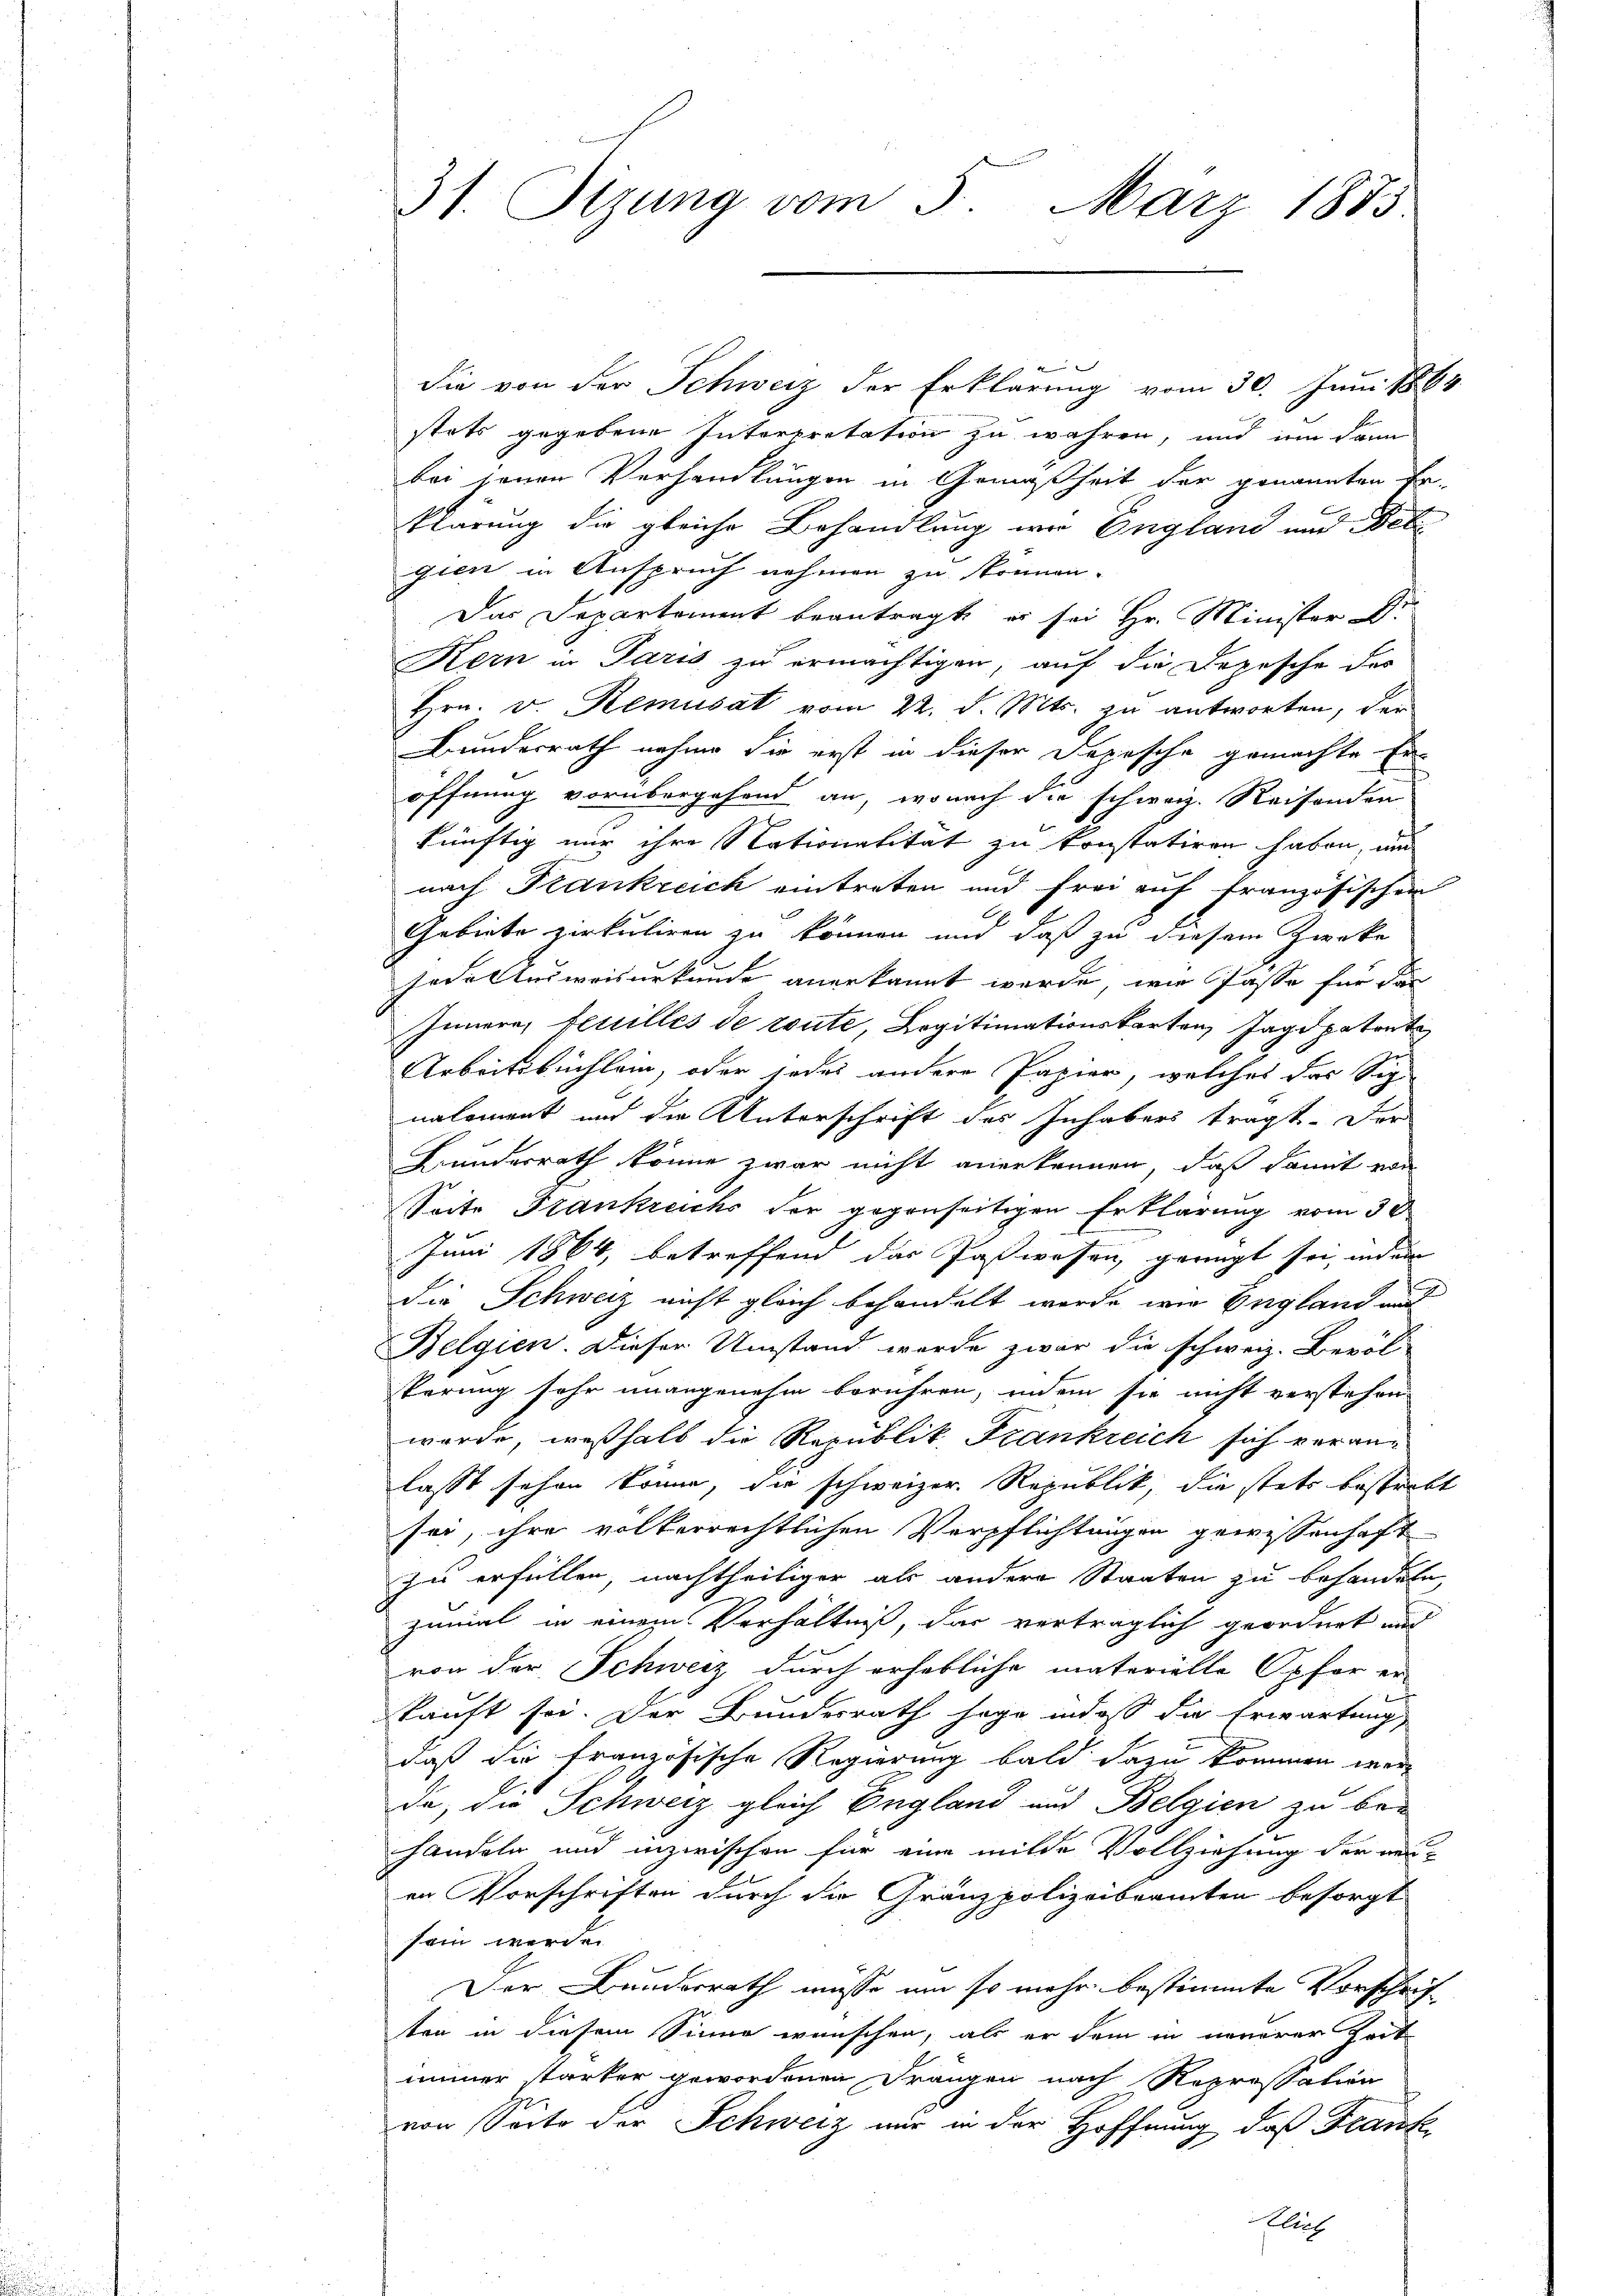
.
die von der Schweiz der Erklärung vom 30. Juni 1864.
stets gegebene Interpretation zu wahren, und um dann
bei jenen Verhandlungen in Gemäßheit der genannten Be-
klärung die gleiche Behandlung wie England und Deli
gien in Anspruch nehmen zu können.
Das Departement beantragt, es sei Hr. Minister Dr.
Kern in Paris zu ermächtigen, auf die Depesche der
Hrn. v. Remusat vom 22. d. Mts. zu antworten, der
Bundesrath nahme die erst in dieser Depesche gemachte Er
öffnung vorübergehend an, wonach die schweiz. Reisenden
künftig nur ihre Nationalität zu konstatiren haben, un
nach Frankreich eintreten und frei auf französischen
Gebiete zirkuliren zu können und daß zu diesem Zwecke
sedelterweisurkunde anerkannt werde, wie Pässe für das
Innern, feuilles de toute, Legitimationskarten Jagdpatente
Arbeitsbuchlein, oder jedes andere Papier, welches das Sig
nalement und die Unterschrift des Inhabers tragt. Der
Bundesrath könne zwar nicht anerkennen, daß damit von
Seite Frankreichs der gegenseitigen Erklärung vom 30
Juni 1864, betreffend das Jaßwesen, geengt sei, indem
die Schweiz nicht gleich behandelt wurde wie England aus
Belgien. Dieser Umstand werde zwar die schweiz. Bevöl
perung sehr unangenehm berühren, indem sie nicht verstehen
wurde, weßhalb die Republik. Frankreich sich veranlasst sehen könne, die schweizer Republik, die stets bestrebt
sei, ihre volkerrechtlichen Verpflichtungen gewissenhaft
zu erfüllen, nachtheiliger als andere Staaten zu behandeln,
zumal in einem Verhältniß, das verträglich geordnet und
von der Schweiz durch erhebliche materielle Opfer er
kauft sei. Der Bundesrath sage in daß die Erwartung
daß die französische Regierung bald dazu kommen werda, die Schweiz gleich England und Belgien zu behandeln und inzwischen für eine milde Vollziehung der neuen Vorschriften durch die Gränzpolizeibeamten besorgt
sein werden
Der Bunderrath müsse um so mehr bestimmte Vorschrif-
ten in diesem Sinne wünschen, als er dem in neuerer Zeit
immer starker gewordenen Frangen nach Repressation
von Seite der Schweiz mir in der Hoffnung, daß Franke
lich

31. Sizung vom 5. März 1873.